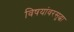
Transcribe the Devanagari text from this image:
विषयांवरसुद्धा